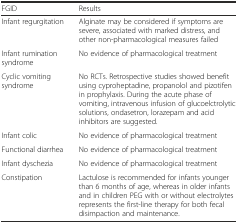
<table><thead><tr><td><b>FGID</b></td><td><b>Results</b></td></tr></thead><tbody><tr><td>Infant regurgitation</td><td>Alginate may be considered if symptoms are severe, associated with marked distress, and other non-pharmacological measures failed</td></tr><tr><td>Infant rumination syndrome</td><td>No evidence of pharmacological treatment</td></tr><tr><td>Cyclic vomiting syndrome</td><td>No RCTs. Retrospective studies showed benefit using cyproheptadine, propanolol and pizotifen in prophylaxis. During the acute phase of vomiting, intravenous infusion of glucoelctrolytic solutions, ondasetron, lorazepam and acid inhibitors are suggested.</td></tr><tr><td>Infant colic</td><td>No evidence of pharmacological treatment</td></tr><tr><td>Functional diarrhea</td><td>No evidence of pharmacological treatment</td></tr><tr><td>Infant dyschezia</td><td>No evidence of pharmacological treatment</td></tr><tr><td>Constipation</td><td>Lactulose is recommended for infants younger than 6 months of age, whereas in older infants and in children PEG with or without electrolytes represents the first-line therapy for both fecal disimpaction and maintenance.</td></tr></tbody></table>